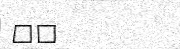
٧١